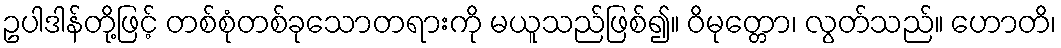
ဥပါဒါန်တို့ဖြင့် တစ်စုံတစ်ခုသောတရားကို မယူသည်ဖြစ်၍။ ဝိမုတ္တော၊ လွတ်သည်။ ဟောတိ၊